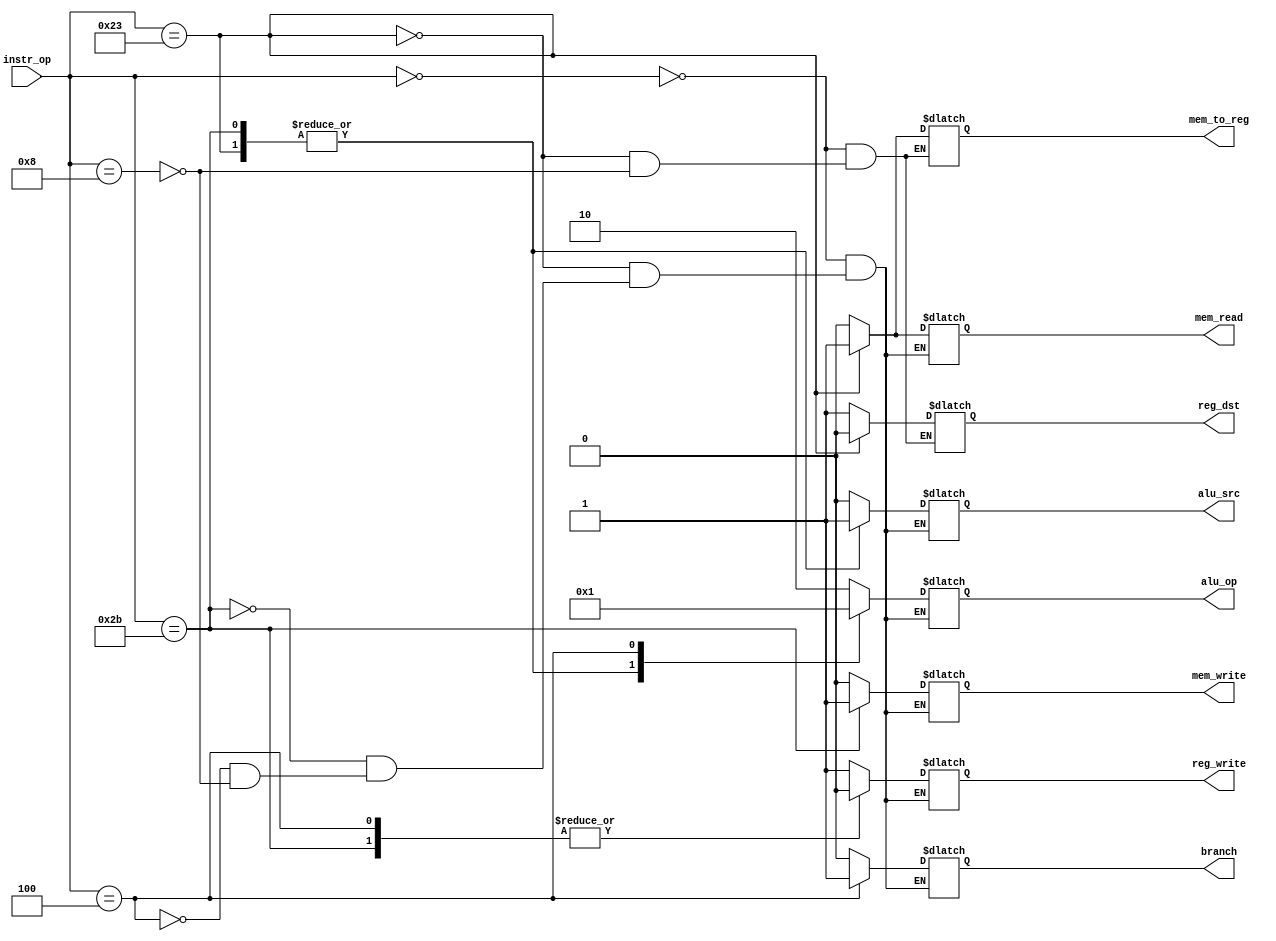
`timescale 1ns / 1ps
//////////////////////////////////////////////////////////////////////////////////
// Company: 
// Engineer: 
// 
// Design Name: 
// Module Name:    control_unit 
// Project Name: 
// Target Devices: 
// Tool versions: 
// Description: 
//
// Dependencies: 
//
// Revision: 
// Revision 0.01 - File Created
// Additional Comments: 
//
//////////////////////////////////////////////////////////////////////////////////

module control_unit(
	//input wire clk,
	//input wire reset,
	
	input wire [5:0] instr_op ,
	output reg reg_dst ,
	output reg branch ,
	output reg mem_read ,
	output reg mem_to_reg ,
	output reg [1:0] alu_op ,
	output reg mem_write ,
	output reg alu_src ,
	output reg reg_write
    );



reg c_reg_dst; 
reg c_branch; 
reg c_mem_read; 
reg c_mem_to_reg; 
reg [1:0] c_alu_op; 
reg c_mem_write; 
reg c_alu_src;
reg c_reg_write;
	 
//combinational block
always @(*) begin
//necessary functions  
//add, addu, addi
//sub, subi
//slt
//not, nor
//or
//and
//lw, sw
//Beq

//r format add, addu, sub, slt, nor, or, and

case(instr_op) 

//R-format
6'b000000 :
begin
reg_dst = 1'b1;
alu_src = 1'b0;
mem_to_reg = 1'b0;
reg_write = 1'b1;
mem_read = 1'b0;
mem_write = 1'b0;
branch = 1'b0;
alu_op = 2'b10;
end

//lw
6'b100011 :
begin
reg_dst = 1'b0;
alu_src = 1'b1;
mem_to_reg = 1'b1;
reg_write = 1'b1;
mem_read = 1'b1;
mem_write = 1'b0;
branch = 1'b0;
alu_op = 2'b00;
end

//sw
6'b101011 :
begin
//c_reg_dst = 1'b0;
alu_src = 1'b1;
//c_mem_to_reg = 1'b0;
reg_write = 1'b0;
mem_read = 1'b0;
mem_write = 1'b1;
branch = 1'b0;
alu_op = 2'b00;
end

//beq	
6'b000100 :
begin
//c_reg_dst = 1'b0;
alu_src = 1'b0;
//c_mem_to_reg = 1'b0;
reg_write = 1'b0;
mem_read = 1'b0;
mem_write = 1'b0;
branch = 1'b1;
alu_op = 2'b01;
end

//addi
6'b001000 :
begin
reg_dst = 1'b1;
alu_src = 1'b0;
mem_to_reg = 1'b0;
reg_write = 1'b1;
mem_read = 1'b0;
mem_write = 1'b0;
branch = 1'b0;
alu_op = 2'b10;
end

endcase

end

endmodule